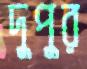
দুপুর